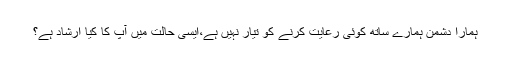
ہمارا دشمن ہمارے ساتھ کوئی رعایت کرنے کو تیار نہیں ہے،ایسی حالت میں آپ کا کیا ارشاد ہے؟